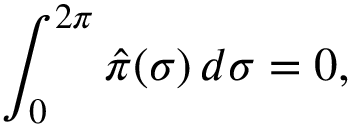
\int _ { 0 } ^ { 2 \pi } \hat { \pi } ( \sigma ) \, d \sigma = 0 ,